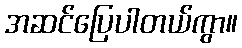
အဆင်ပြေပါတယ်ကွာ။